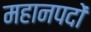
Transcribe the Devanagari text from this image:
महानपदों